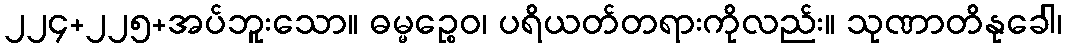
၂၂၄+၂၂၅+အပ်ဘူးသော။ ဓမ္မဉ္စေဝ၊ ပရိယတ်တရားကိုလည်း။ သုဏာတိနုခေါ၊